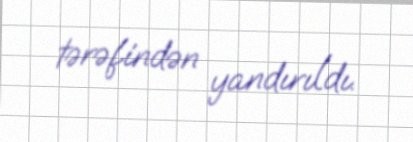
tərəfindən yandırıldı.